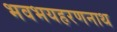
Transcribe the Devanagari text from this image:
भवभयहरणनाथ